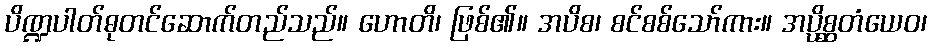
ပိဏ္ဍပါတ်ဓုတင်ဆောက်တည်သည်။ ဟောတိ၊ ဖြစ်၏။ အပိစ၊ စင်စစ်သော်ကား။ အပ္ပိစ္ဆတံယေဝ၊